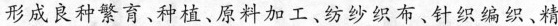
形成良种繁育、种植、原料加工、纺纱织布、针织编织、精